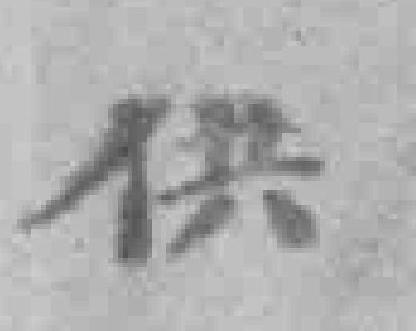
供